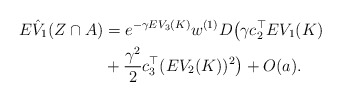
\begin{align*}E\hat{V}_{1}(Z\cap A)&= e^{-\gamma EV_3(K)}w^{(1)} D\big(\gamma c_2^\top EV_{1}(K)\\&+\frac{\gamma^2}{2}c_3^\top (E V_{2}(K))^2\big)+O(a).\end{align*}